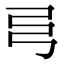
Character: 𢎧